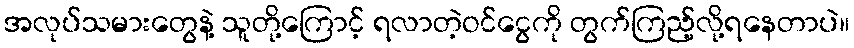
အလုပ်သမားတွေနဲ့ သူတို့ကြောင့် ရလာတဲ့ဝင်ငွေကို တွက်ကြည့်လို့ရနေတာပဲ။